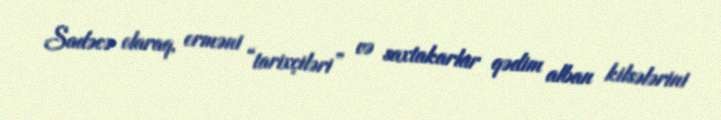
Sadəcə olaraq, erməni “tarixçiləri” və saxtakarlar qədim alban kilsələrini